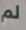
لم